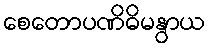
စေတောပဏိဓိမနွာယ